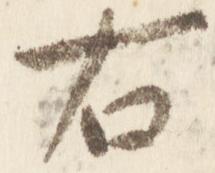
右